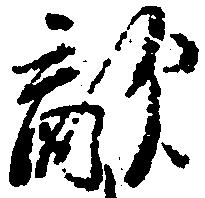
敵